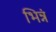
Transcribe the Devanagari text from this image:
भिन्नं